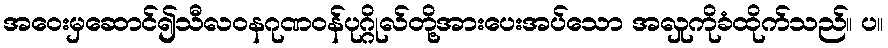
အဝေးမှဆောင်၍သီလဝနဂုဏဝန်ပုဂ္ဂိုလ်တို့အားပေးအပ်သော အလှုကိုခံထိုက်သည်။ ပ။